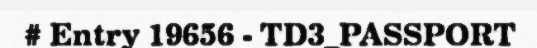
# Entry 19656 - TD3_PASSPORT